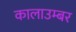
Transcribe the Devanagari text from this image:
कालाउम्बर